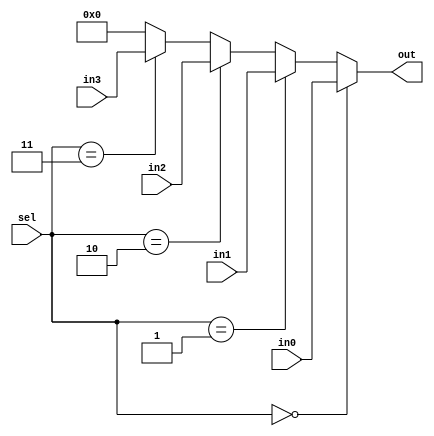
module Mux4_32 (in0, in1, in2, in3, sel, out);
input [31:0] in0, in1, in2, in3;
input [1:0] sel;
output [31:0] out;

    assign out = (sel == 2'b00) ? in0 : (sel == 2'b01) ? in1 : (sel == 2'b10) ? in2 : (sel == 2'b11) ? in3 : 32'b0 ;
endmodule